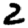
Digit: 2